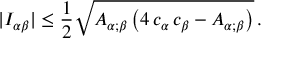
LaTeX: | I _ { \alpha \beta } | \leq \frac { 1 } { 2 } \sqrt { A _ { \alpha ; \beta } \left( 4 \, c _ { \alpha } \, c _ { \beta } - A _ { \alpha ; \beta } \right) } \, .